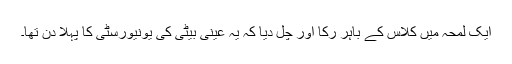
ایک لمحہ مَیں کلاس کے باہر رُکا اور چل دیا کہ یہ عینی بیٹی کی یونیورسٹی کا پہلا دن تھا۔